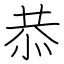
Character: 恭